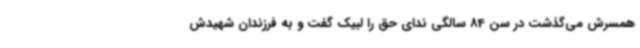
همسرش می‌گذشت در سن 84 سالگی ندای حق را لبیک گفت و به فرزندان شهیدش